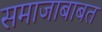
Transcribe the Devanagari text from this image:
समाजाबाबत